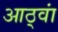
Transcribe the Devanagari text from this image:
आठ्वां